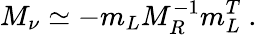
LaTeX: M_{\nu}\simeq-m_{L}M_{R}^{-1}m_{L}^{T}\ .